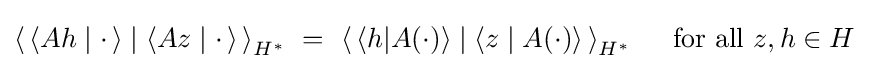
\left\langle \,\langle Ah\mid \cdot \,\rangle \mid \langle Az\mid \cdot \,\rangle \,\right\rangle _{H^{*}}~=~\left\langle \,\langle h|A(\cdot )\rangle \mid \langle z\mid A(\cdot )\rangle \,\right\rangle _{H^{*}}\quad {\text{ for all }}z,h\in H